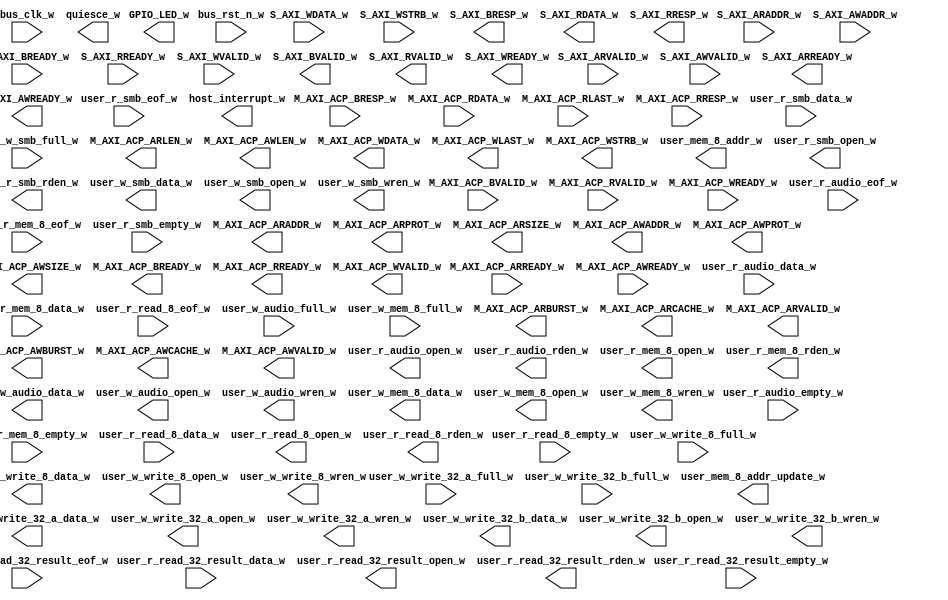
module xillybus_core
  (
  input  M_AXI_ACP_ARREADY_w,
  input  M_AXI_ACP_AWREADY_w,
  input [1:0] M_AXI_ACP_BRESP_w,
  input  M_AXI_ACP_BVALID_w,
  input [63:0] M_AXI_ACP_RDATA_w,
  input  M_AXI_ACP_RLAST_w,
  input [1:0] M_AXI_ACP_RRESP_w,
  input  M_AXI_ACP_RVALID_w,
  input  M_AXI_ACP_WREADY_w,
  input [31:0] S_AXI_ARADDR_w,
  input  S_AXI_ARVALID_w,
  input [31:0] S_AXI_AWADDR_w,
  input  S_AXI_AWVALID_w,
  input  S_AXI_BREADY_w,
  input  S_AXI_RREADY_w,
  input [31:0] S_AXI_WDATA_w,
  input [3:0] S_AXI_WSTRB_w,
  input  S_AXI_WVALID_w,
  input  bus_clk_w,
  input  bus_rst_n_w,
  input [31:0] user_r_audio_data_w,
  input  user_r_audio_empty_w,
  input  user_r_audio_eof_w,
  input [7:0] user_r_mem_8_data_w,
  input  user_r_mem_8_empty_w,
  input  user_r_mem_8_eof_w,
  input [31:0] user_r_read_32_result_data_w,
  input  user_r_read_32_result_empty_w,
  input  user_r_read_32_result_eof_w,
  input [7:0] user_r_read_8_data_w,
  input  user_r_read_8_empty_w,
  input  user_r_read_8_eof_w,
  input [7:0] user_r_smb_data_w,
  input  user_r_smb_empty_w,
  input  user_r_smb_eof_w,
  input  user_w_audio_full_w,
  input  user_w_mem_8_full_w,
  input  user_w_smb_full_w,
  input  user_w_write_32_a_full_w,
  input  user_w_write_32_b_full_w,
  input  user_w_write_8_full_w,
  output [3:0] GPIO_LED_w,
  output [31:0] M_AXI_ACP_ARADDR_w,
  output [1:0] M_AXI_ACP_ARBURST_w,
  output [3:0] M_AXI_ACP_ARCACHE_w,
  output [3:0] M_AXI_ACP_ARLEN_w,
  output [2:0] M_AXI_ACP_ARPROT_w,
  output [2:0] M_AXI_ACP_ARSIZE_w,
  output  M_AXI_ACP_ARVALID_w,
  output [31:0] M_AXI_ACP_AWADDR_w,
  output [1:0] M_AXI_ACP_AWBURST_w,
  output [3:0] M_AXI_ACP_AWCACHE_w,
  output [3:0] M_AXI_ACP_AWLEN_w,
  output [2:0] M_AXI_ACP_AWPROT_w,
  output [2:0] M_AXI_ACP_AWSIZE_w,
  output  M_AXI_ACP_AWVALID_w,
  output  M_AXI_ACP_BREADY_w,
  output  M_AXI_ACP_RREADY_w,
  output [63:0] M_AXI_ACP_WDATA_w,
  output  M_AXI_ACP_WLAST_w,
  output [7:0] M_AXI_ACP_WSTRB_w,
  output  M_AXI_ACP_WVALID_w,
  output  S_AXI_ARREADY_w,
  output  S_AXI_AWREADY_w,
  output [1:0] S_AXI_BRESP_w,
  output  S_AXI_BVALID_w,
  output [31:0] S_AXI_RDATA_w,
  output [1:0] S_AXI_RRESP_w,
  output  S_AXI_RVALID_w,
  output  S_AXI_WREADY_w,
  output  host_interrupt_w,
  output  quiesce_w,
  output  user_mem_8_addr_update_w,
  output [4:0] user_mem_8_addr_w,
  output  user_r_audio_open_w,
  output  user_r_audio_rden_w,
  output  user_r_mem_8_open_w,
  output  user_r_mem_8_rden_w,
  output  user_r_read_32_result_open_w,
  output  user_r_read_32_result_rden_w,
  output  user_r_read_8_open_w,
  output  user_r_read_8_rden_w,
  output  user_r_smb_open_w,
  output  user_r_smb_rden_w,
  output [31:0] user_w_audio_data_w,
  output  user_w_audio_open_w,
  output  user_w_audio_wren_w,
  output [7:0] user_w_mem_8_data_w,
  output  user_w_mem_8_open_w,
  output  user_w_mem_8_wren_w,
  output [7:0] user_w_smb_data_w,
  output  user_w_smb_open_w,
  output  user_w_smb_wren_w,
  output [31:0] user_w_write_32_a_data_w,
  output  user_w_write_32_a_open_w,
  output  user_w_write_32_a_wren_w,
  output [31:0] user_w_write_32_b_data_w,
  output  user_w_write_32_b_open_w,
  output  user_w_write_32_b_wren_w,
  output [7:0] user_w_write_8_data_w,
  output  user_w_write_8_open_w,
  output  user_w_write_8_wren_w
);
endmodule